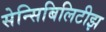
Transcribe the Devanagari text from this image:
सेन्सिबिलिटीझ